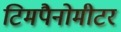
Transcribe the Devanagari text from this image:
टिमपैनोमीटर